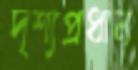
দৃশ্যপ্রধান